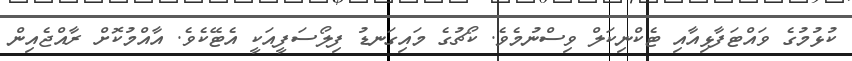
ކުޅުމުގެ ވައްޓަފާޅިއާއި ޓެކްނިކަލް ވިސްނުމެވެ. ކޯޗުގެ މައިގަނޑު ފިލޯސަފީއަކީ އެޓޭކެވެ. އާއްމުކޮށް ރާއްޖެއިން